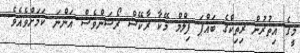
މީގެ އިތުރުން ރިތިކްގެ ބައްޕަ ފިލްމް މޭކާ ރާކޭޝް ރޯޝަންވެސް އަންނަ ކަމަށްވެއެވެ.